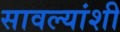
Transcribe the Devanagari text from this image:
सावल्यांशी